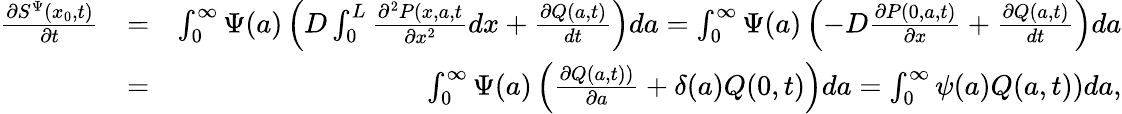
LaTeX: \begin{array}{rlr}{\frac{\partial S^{\Psi}(x_{0},t)}{\partial t}}&{=}&{\int_{0}^{\infty}\Psi(a)\left(D\int_{0}^{L}\frac{\partial^{2}P(x,a,t}{\partial x^{2}}dx+\frac{\partial Q(a,t)}{dt}\right)da=\int_{0}^{\infty}\Psi(a)\left(-D\frac{\partial P(0,a,t)}{\partial x}+\frac{\partial Q(a,t)}{dt}\right)da}\\ &{=}&{\int_{0}^{\infty}\Psi(a)\left(\frac{\partial Q(a,t))}{\partial a}+\delta(a)Q(0,t)\right)da=\int_{0}^{\infty}\psi(a)Q(a,t))da,}\end{array}